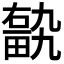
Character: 𤲽